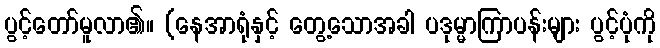
ပွင့်တော်မူလာ၏။ (နေအာရုံနှင့် တွေ့သောအခါ ပဒုမ္မာကြာပန်းများ ပွင့်ပုံကို